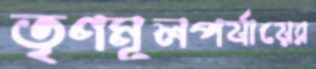
তৃণমূলপর্যায়ের